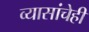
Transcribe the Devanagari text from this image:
व्यासांचेही